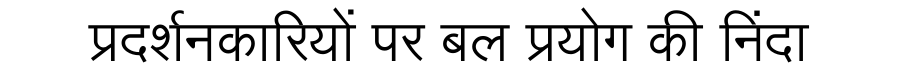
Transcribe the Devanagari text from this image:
प्रदर्शनकारियों पर बल प्रयोग की निंदा